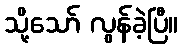
သို့သော် လွန်ခဲ့ပြီ။